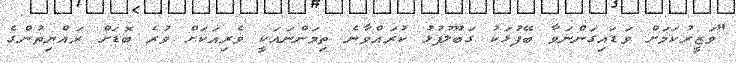
"ވަޒީރުކަމަށް ވަޑައިގަންނަވާ ބޭފުޅަކު ގަބޫލުފުޅު ކުރައްވާނެ ތިމަންނައަކީ ވެރިއަކަށް ވުރެ ބޮޑަށް ރައްޔިތުންގެ